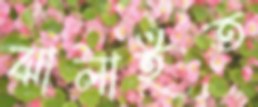
ঝালাইত